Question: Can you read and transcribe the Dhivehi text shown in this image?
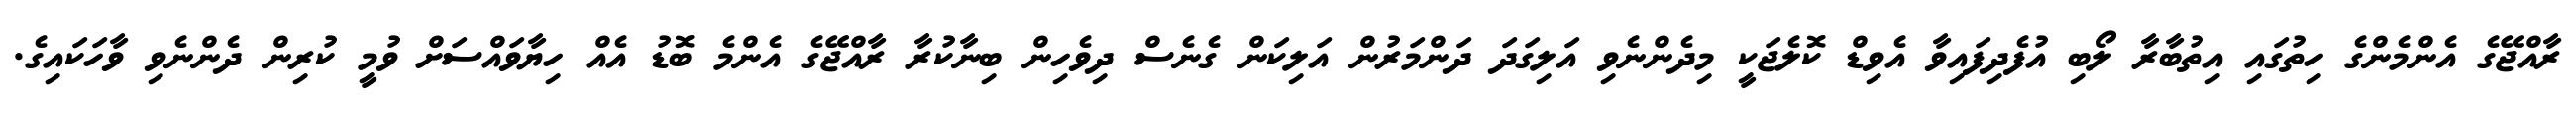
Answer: ރާއްޖޭގެ އެންމެންގެ ހިތުގައި އިތުބާރާ ލޯބި އުފެދިފައިވާ އެވިޑް ކޮލެޖަކީ މިދެންނެވި އަލިގަދަ ދަންމަރުން އަލިކަން ގެނެސް ދިވެހިން ބިނާކުރާ ރާއްޖޭގެ އެންމެ ބޮޑު އެއް ހިޔާވައްސަށް ވުމީ ކުރިން ދެންނެވި ވާހަކައިގެ.